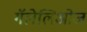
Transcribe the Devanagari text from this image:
गॅलेलिओज